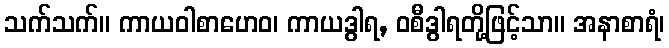
သက်သက်။ ကာယဝါစာဟေဝ၊ ကာယဒွါရ, ဝစီဒွါရတို့ဖြင့်သာ။ အနာစာရံ၊